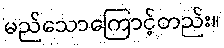
မည်သောကြောင့်တည်း။